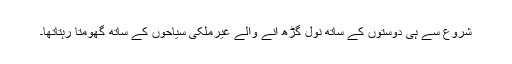
شروع سے ہی دوستوں کے ساتھ نول گڑھ آنے والے غیرملکی سیاحوں کے ساتھ گھومتا رہتاتھا۔